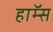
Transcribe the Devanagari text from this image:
हाॅम्स